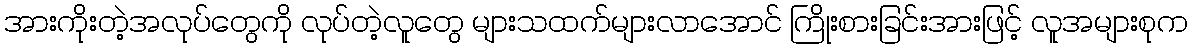
အားကိုးတဲ့အလုပ်တွေကို လုပ်တဲ့လူတွေ များသထက်များလာအောင် ကြိုးစားခြင်းအားဖြင့် လူအများစုက